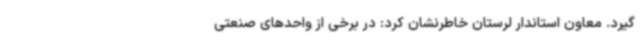
‌گیرد. معاون استاندار لرستان خاطرنشان کرد: در برخی از واحدهای صنعتی